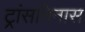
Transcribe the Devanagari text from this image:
ट्रांसमिनास